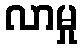
လာမှု